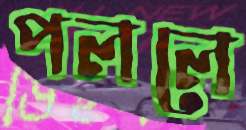
পললে